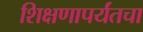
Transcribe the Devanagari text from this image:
शिक्षणापर्यंतचा